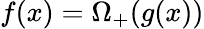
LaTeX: f(x)=\Omega_{+}(g(x))